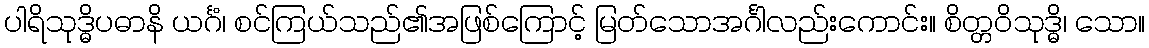
ပါရိသုဒ္ဓိပဓာနိ ယင်္ဂံ၊ စင်ကြယ်သည်၏အဖြစ်ကြောင့် မြတ်သောအင်္ဂါလည်းကောင်း။ စိတ္တဝိသုဒ္ဓိ၊ သော။